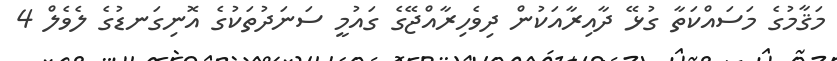
މަޤާމުގެ މަސައްކަތާ ގުޅޭ ދާއިރާއަކުން ދިވެހިރާއްޖޭގެ ގައުމީ ސަނަދުތަކުގެ އޮނިގަނޑުގެ ލެވެލް 4